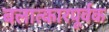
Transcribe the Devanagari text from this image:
बलात्कारपूर्वक